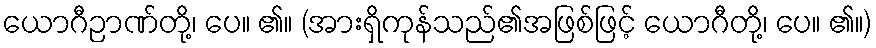
ယောဂီဉာဏ်တို့၊ ပေ။ ၏။ (အားရှိကုန်သည်၏အဖြစ်ဖြင့် ယောဂီတို့၊ ပေ။ ၏။)